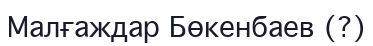
Малғаждар Бөкенбаев (?)